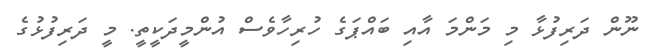
ނޫން ދަރިފުޅާ މި މަންމަ އާއި ބައްޕަގެ ހުރިހާވެސް އުންމީދަކީތީ. މީ ދަރިފުޅުގެ